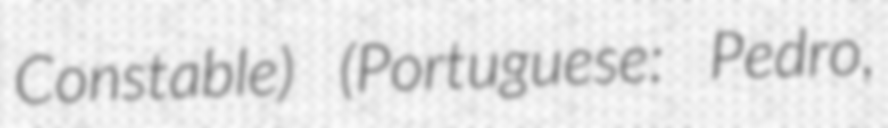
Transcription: Constable) (Portuguese: Pedro,